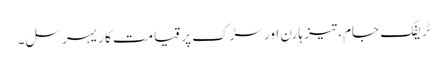
ٹریفک جام، تیز ہارن اور سڑک پر قیامت کا ریہرسل۔